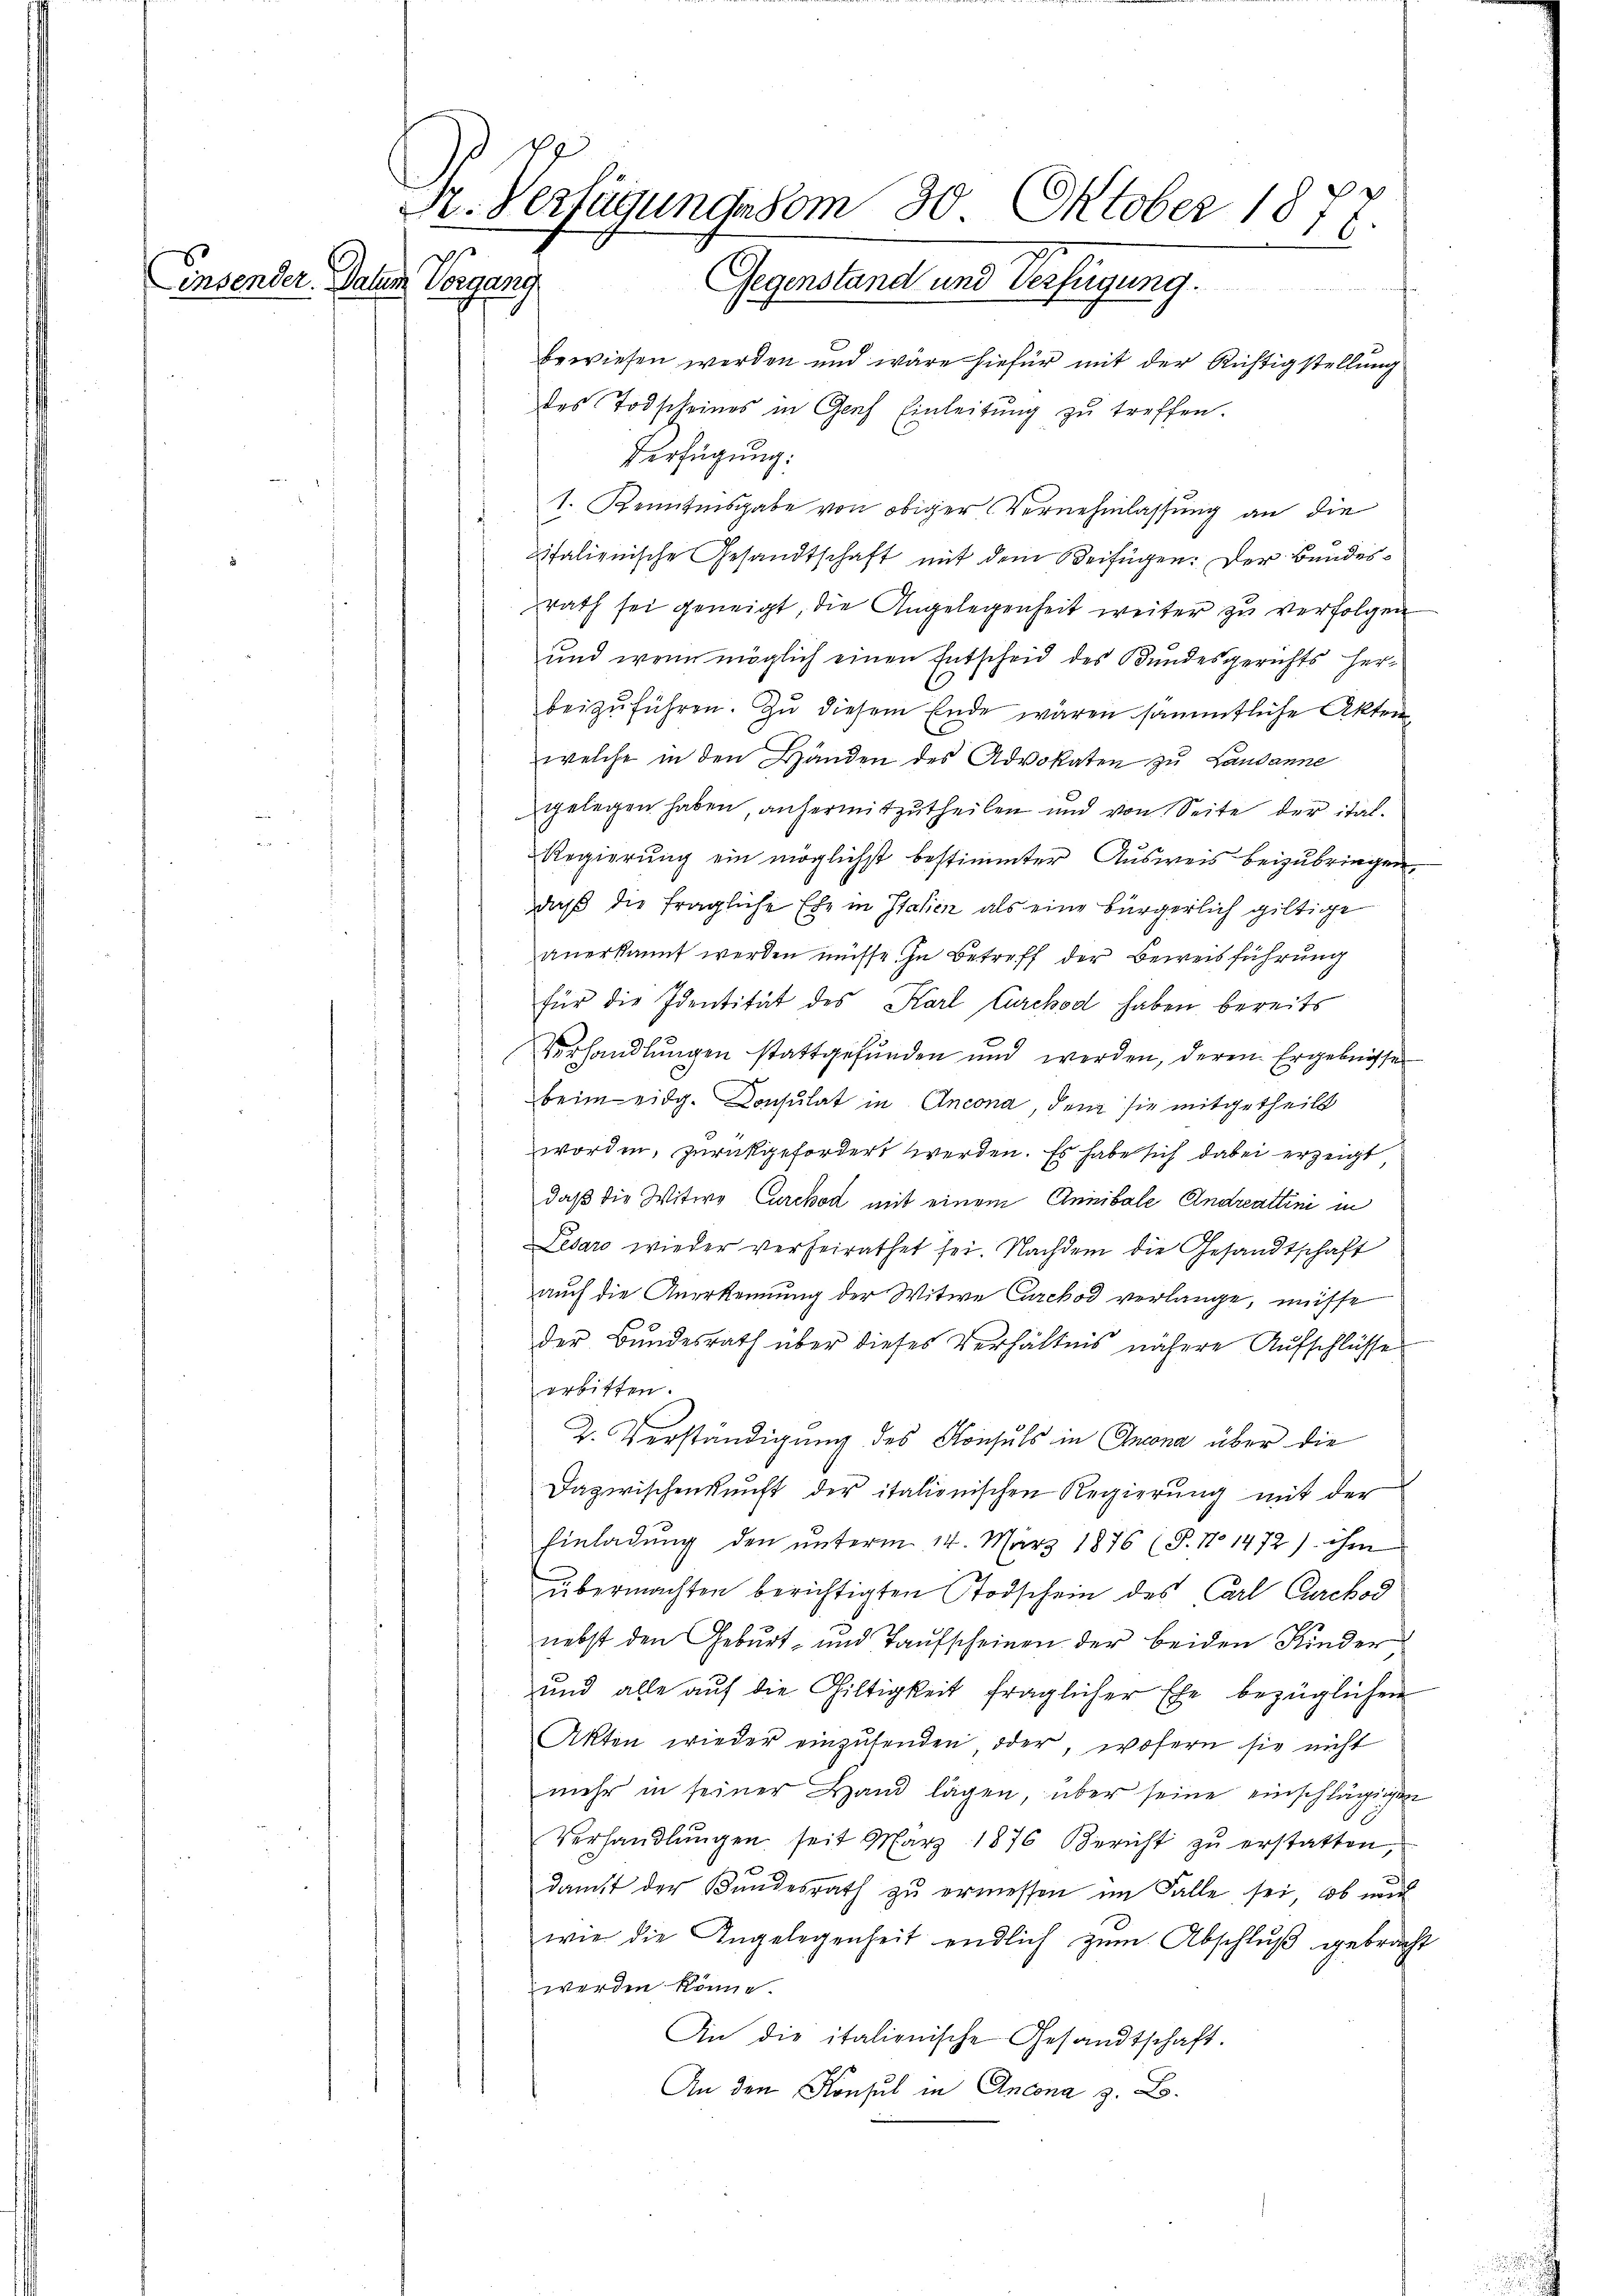
Linsender. Datum

Vorgang

Dr. Verfügung vom 30. Oktober 1877.
Gegenstand und Verfügung.

bewiesen werden und wäre hiefür mit der Richtigstellung
des Todscheines in Genf Einleitŭng zŭ treffen.
Verfügung:
1. Kenntisgabe von obiger Vernehmlassung an die
t
pitalienische Gesandtschaft mit dem Beifügen: Der Bundesrath sei geneigt, die Angelegenheit weiter zu verfolgen
und wenn möglich einen Entscheid des Bundesgerichts her¬
C
beizŭführen. Zŭ diesem Ende wären sämmtliche Akten-
welche in den Händen des Advokaten zu Landanne
gelegen haben, anhermitzutheilen und von Seite der ital¬
Regierung ein möglichst bestimmter Ausweis beizubringen.
daß die fragliche Ehe in Italien als eine bürgerlich giltige
anerkannt werden müsse. In Betreff der Beweisführung
für die Identität des Karl Larchod haben bereits
Verhandlungen stattgefunden und werden, deren Ergebnisse
beim eidg. Consulat in Ancona, dem sie mitgetheilt
worden, zurückgefordert werden. Es habe sich dabei erzeigt
daß die Witwe Curckod mit einem Annibale Andreattini in
Lesaro wieder verheirathet sei. Nachdem die Gesandtschaft
auch die Anerkennung der Witwe Carchod verlange, müsse
der Bundesrath über dieses Verhältnis nähere Aufschlüsse
erbitten.
2. Verständigung des Konsuls in Ansona über die
Dazwischenkunft der italienischen Regierung mit der
Einladung den unterm 14. März 1876 (P. No 1472) ihm
übermachten berichtigten Todschein des Carl Curchod
nebst den Geburt- und Taufscheinen der beiden Kinder
und alle auf die Giltigkeit fraglicher Ehe bezüglichen
Akten wieder einzusenden oder, wofern sie nicht
mehr in seiner Hand lägen, über seine einschlägigen
Verhandlŭngen seit März 1876 Bericht zŭ erstatten,
dankt der Bundesrath zu ermessen im Falle sei, ob un
wie die Angelegenheit endlich zum Abschluß gebracht
werden könne.
An die italienische Gesandtschaft.
An den Konsul in Ancona z. B.